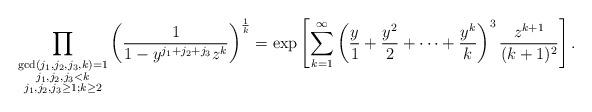
LaTeX: \begin{align*} \prod_{\substack{\gcd(j_1,j_2,j_3,k)=1 \\ j_1,j_2,j_3<k \\ j_1,j_2,j_3 \geq 1; k \geq 2}} \left(\frac{1}{1-y^{j_1+j_2+j_3}z^k} \right)^{\frac{1}{k}} = \exp\left[ \sum_{k=1}^{\infty} \left( \frac{y}{1} + \frac{y^2}{2} + \cdots + \frac{y^k}{k} \right)^{3} \frac{z^{k+1}}{(k+1)^2}\right].\end{align*}